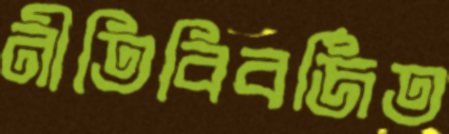
নীতিবিবর্জিত